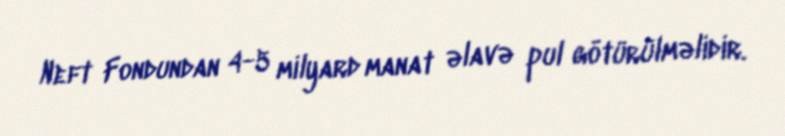
Neft Fondundan 4-5 milyard manat əlavə pul götürülməlidir.